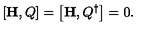
\left[ { \bf H } , Q \right] = \left[ { \bf H } , Q ^ { \dagger } \right] = 0 .